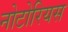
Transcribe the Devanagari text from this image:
नोटोरियस